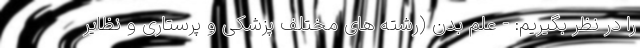
را در نظر بگیریم: - علم بدن (رشته های مختلف پزشکی و پرستاری و نظایر